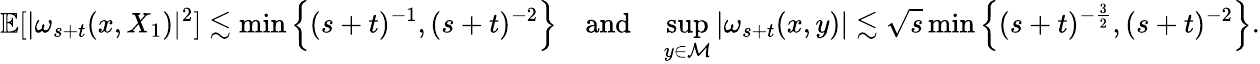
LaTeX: \mathbb{E}[\vert\omega_{s+t}(x,X_{1})\vert^{2}]\lesssim\operatorname*{min}\Big\{ (s+t)^{-1},(s+t)^{-2}\Big\} \quad\mathrm{and}\quad\operatorname*{sup}_{y\in\mathcal{M}}\vert\omega_{s+t}(x,y)\vert\lesssim\sqrt{s}\operatorname*{min}\Big\{ (s+t)^{-\frac{3}{2}},(s+t)^{-2}\Big\} .